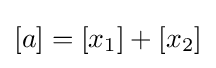
[a]=[x_{1}]+[x_{2}]